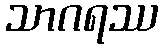
သာဂရဿ